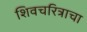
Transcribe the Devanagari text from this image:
शिवचरित्राचा